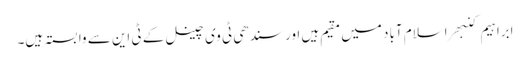
ابراہیم کنبھر اسلام آباد میں مقیم ہیں اور سندھی ٹی وی چینل کے ٹی این سے وابستہ ہیں۔